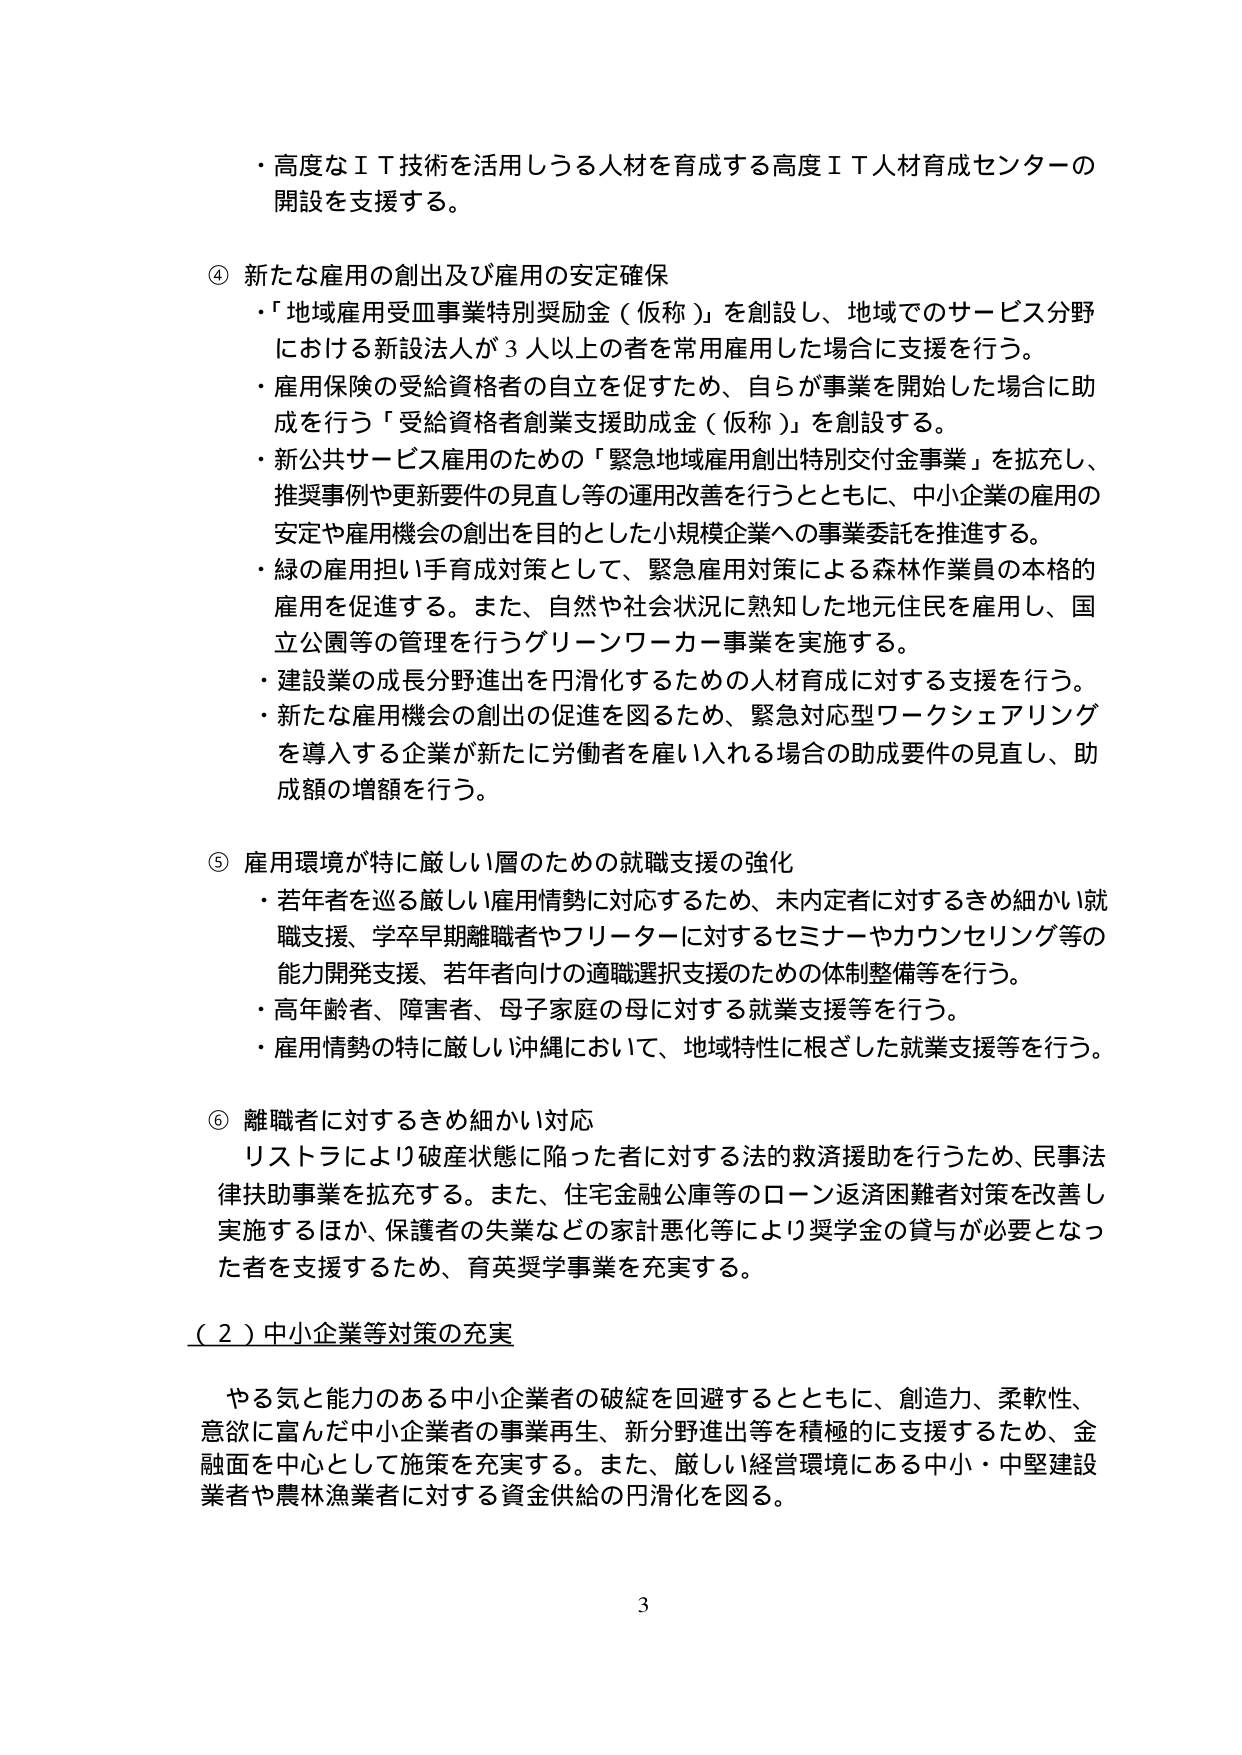
・高度なＩＴ技術を活用しうる人材を育成する高度ＩＴ人材育成センターの開設を支援する。

④ 新たな雇用の創出及び雇用の安定確保
・「地域雇用受皿事業特別奨励金（仮称）」を創設し、地域でのサービス分野における新設法人が３人以上の者を常用雇用した場合に支援を行う。
・雇用保険の受給資格者の自立を促すため、自らが事業を開始した場合に助成を行う「受給資格者創業支援助成金（仮称）」を創設する。
・新公共サービス雇用のための「緊急地域雇用創出特別交付金事業」を拡充し、推奨事例や更新要件の見直し等の運用改善を行うとともに、中小企業の雇用の安定や雇用機会の創出を目的とした小規模企業への事業委託を推進する。
・緑の雇用担い手育成対策として、緊急雇用対策による森林作業員の本格的雇用を促進する。また、自然や社会状況に熟知した地元住民を雇用し、国立公園等の管理を行うグリーンワーカー事業を実施する。
・建設業の成長分野進出を円滑化するための人材育成に対する支援を行う。
・新たな雇用機会の創出の促進を図るため、緊急対応型ワークシェアリングを導入する企業が新たに労働者を雇い入れる場合の助成要件の見直し、助成額の増額を行う。

⑤ 雇用環境が特に厳しい層のための就職支援の強化
・若年者を巡る厳しい雇用情勢に対応するため、未内定者に対するきめ細かい就職支援、学卒早期離職者やフリーターに対するセミナーやカウンセリング等の能力開発支援、若年者向けの適職選択支援のための体制整備等を行う。
・高年齢者、障害者、母子家庭の母に対する就業支援等を行う。
・雇用情勢の特に厳しい沖縄において、地域特性に根ざした就業支援等を行う。

⑥ 離職者に対するきめ細かい対応
リストラにより破産状態に陥った者に対する法的救済援助を行うため、民事法扶助事業を拡充する。また、住宅金融公庫等のローン返済困難者対策を改善し実施するほか、保護者の失業などの家計悪化等により奨学金の貸与が必要となった者を支援するため、育英奨学事業を充実する。

（２）中小企業等対策の充実
やる気と能力のある中小企業者の破綻を回避するとともに、創造力、柔軟性、意欲に富んだ中小企業者の事業再生、新分野進出等を積極的に支援するため、金融面を中心として施策を充実する。また、厳しい経営環境にある中小・中堅建設業者や農林漁業者に対する資金供給の円滑化を図る。

3